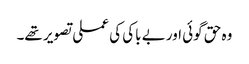
وہ حق گوئی اور بے باکی کی عملی تصویر تھے۔